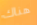
هناك